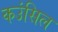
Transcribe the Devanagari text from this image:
कउंसिल